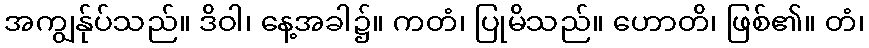
အကျွန်ုပ်သည်။ ဒိဝါ၊ နေ့အခါ၌။ ကတံ၊ ပြုမိသည်။ ဟောတိ၊ ဖြစ်၏။ တံ၊